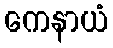
ကေနာယံ